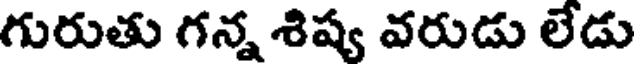
గురుతు గన్న శిష్య వరుడు లేడు